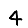
Digit: 4